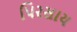
પિરસાય